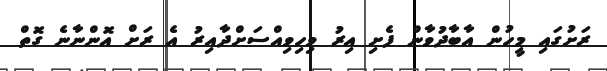
ރަށުގައި މީހުން އާބާދުވާން ފެށި އިރު ވިހިވިއްސަށްދާއިރު އެ ރަށް އޮންނާނެ ގޮތް